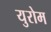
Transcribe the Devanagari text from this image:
युरोम